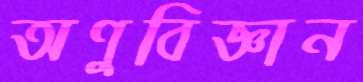
অণুবিজ্ঞান